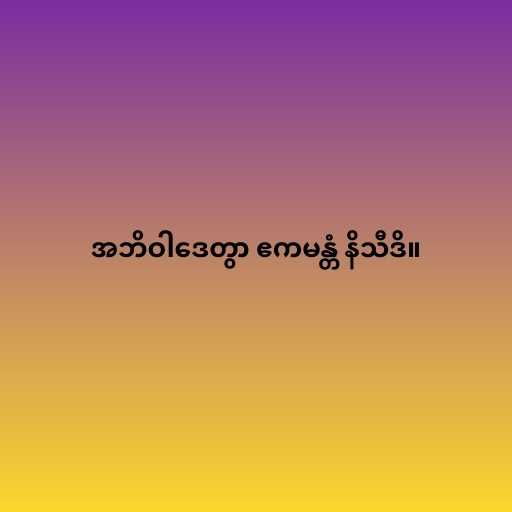
အဘိဝါဒေတွာ ဧကမန္တံ နိသီဒိ။